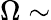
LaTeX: \Omega\sim